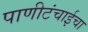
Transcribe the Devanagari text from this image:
पाणीटंचाईचा